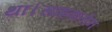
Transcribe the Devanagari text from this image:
था।साइक्लोन